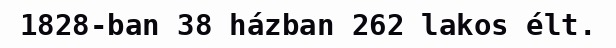
1828-ban 38 házban 262 lakos élt.